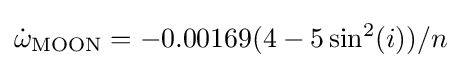
{\dot {\omega }}_{\mathrm {MOON} }=-0.00169(4-5\sin ^{2}(i))/n